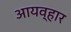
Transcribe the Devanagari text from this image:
आयव्हार